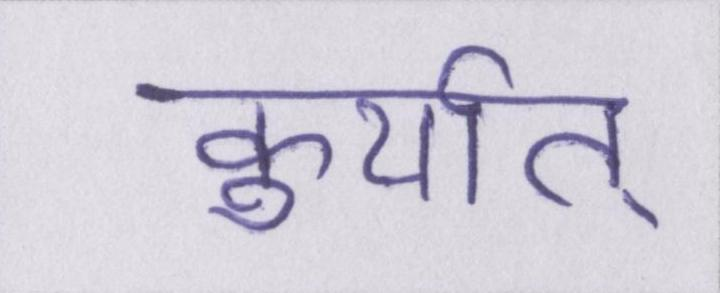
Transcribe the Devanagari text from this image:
कुर्यात्